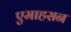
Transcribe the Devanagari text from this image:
एमाहसन